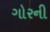
ગોરની